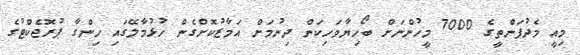
މިއީ މެދުފަންތީގެ 7000 މީހުންނަށް ބޯހިޔާވަހިކަން ދިނުމަށް އަމާޒުކޮށްގެން ހުޅުމާލޭގައި ހިންގާ ޕުރޮޖެކްޓުގެ